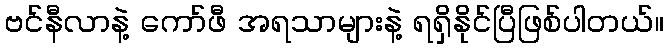
ဗင်နီလာနဲ့ ကော်ဖီ အရသာများနဲ့ ရရှိနိုင်ပြီဖြစ်ပါတယ်။